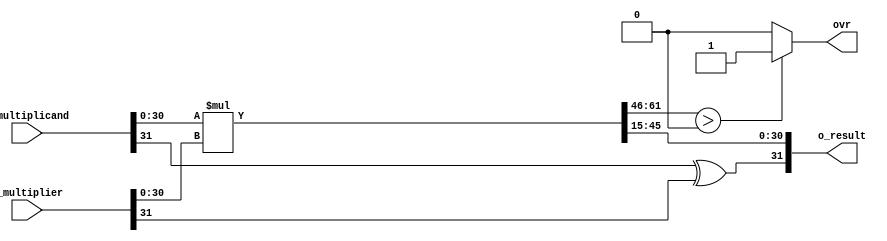
module qmult #(
	//Parameterized values
	parameter Q = 15,
	parameter N = 32
	)
	(
	 input			[N-1:0]	i_multiplicand,
	 input			[N-1:0]	i_multiplier,
	 output			[N-1:0]	o_result,
	 output	reg				ovr
	 );
 
	 //	The underlying assumption, here, is that both fixed-point values are of the same length (N,Q)
	 //		Because of this, the results will be of length N+N = 2N bits....
	 //		This also simplifies the hand-back of results, as the binimal point 
	 //		will always be in the same location...
 
	reg [2*N-1:0]	r_result;		//	Multiplication by 2 values of N bits requires a 
											//		register that is N+N = 2N deep...
	reg [N-1:0]		r_RetVal;
 
//--------------------------------------------------------------------------------
	assign o_result = r_RetVal;	//	Only handing back the same number of bits as we received...
											//		with fixed point in same location...
 
//---------------------------------------------------------------------------------
	always @(i_multiplicand, i_multiplier)	begin						//	Do the multiply any time the inputs change
		r_result <= i_multiplicand[N-2:0] * i_multiplier[N-2:0];	//	Removing the sign bits from the multiply - that 
																					//		would introduce *big* errors	
		end
 
		//	This always block will throw a warning, as it uses a & b, but only acts on changes in result...
	always @(r_result) begin													//	Any time the result changes, we need to recompute the sign bit,
		r_RetVal[N-1] <= i_multiplicand[N-1] ^ i_multiplier[N-1];	//		which is the XOR of the input sign bits...  (you do the truth table...)
		r_RetVal[N-2:0] <= r_result[N-2+Q:Q];								//	And we also need to push the proper N bits of result up to 
																						//		the calling entity...
		if (r_result[2*N-2:N-1+Q] > 0)										// And finally, we need to check for an overflow
			ovr <= 1'b1;
		else
			ovr <= 1'b0;
		end
 
endmodule